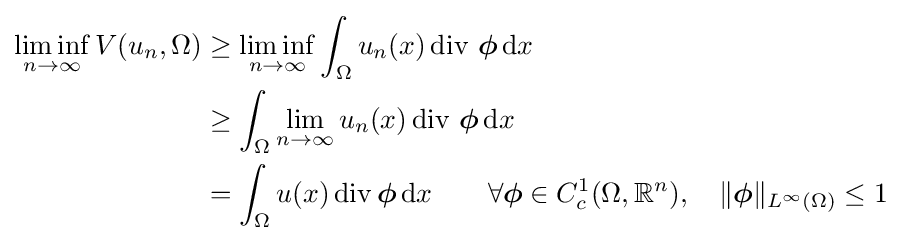
{\begin{aligned}\liminf _{n\rightarrow \infty }V(u_{n},\Omega )&\geq \liminf _{n\rightarrow \infty }\int _{\Omega }u_{n}(x)\operatorname {div} \,{\boldsymbol {\phi }}\,\mathrm {d} x\\&\geq \int _{\Omega }\lim _{n\rightarrow \infty }u_{n}(x)\operatorname {div} \,{\boldsymbol {\phi }}\,\mathrm {d} x\\&=\int _{\Omega }u(x)\operatorname {div} {\boldsymbol {\phi }}\,\mathrm {d} x\qquad \forall {\boldsymbol {\phi }}\in C_{c}^{1}(\Omega ,\mathbb {R} ^{n}),\quad \Vert {\boldsymbol {\phi }}\Vert _{L^{\infty }(\Omega )}\leq 1\end{aligned}}